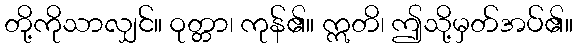
တို့ကိုသာလျှင်။ ဝုတ္တာ၊ ကုန်၏။ ဣတိ၊ ဤသို့မှတ်အပ်၏။